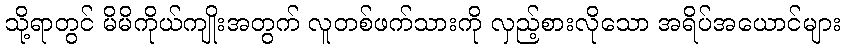
သို့ရာတွင် မိမိကိုယ်ကျိုးအတွက် လူတစ်ဖက်သားကို လှည့်စားလိုသော အရိပ်အယောင်များ